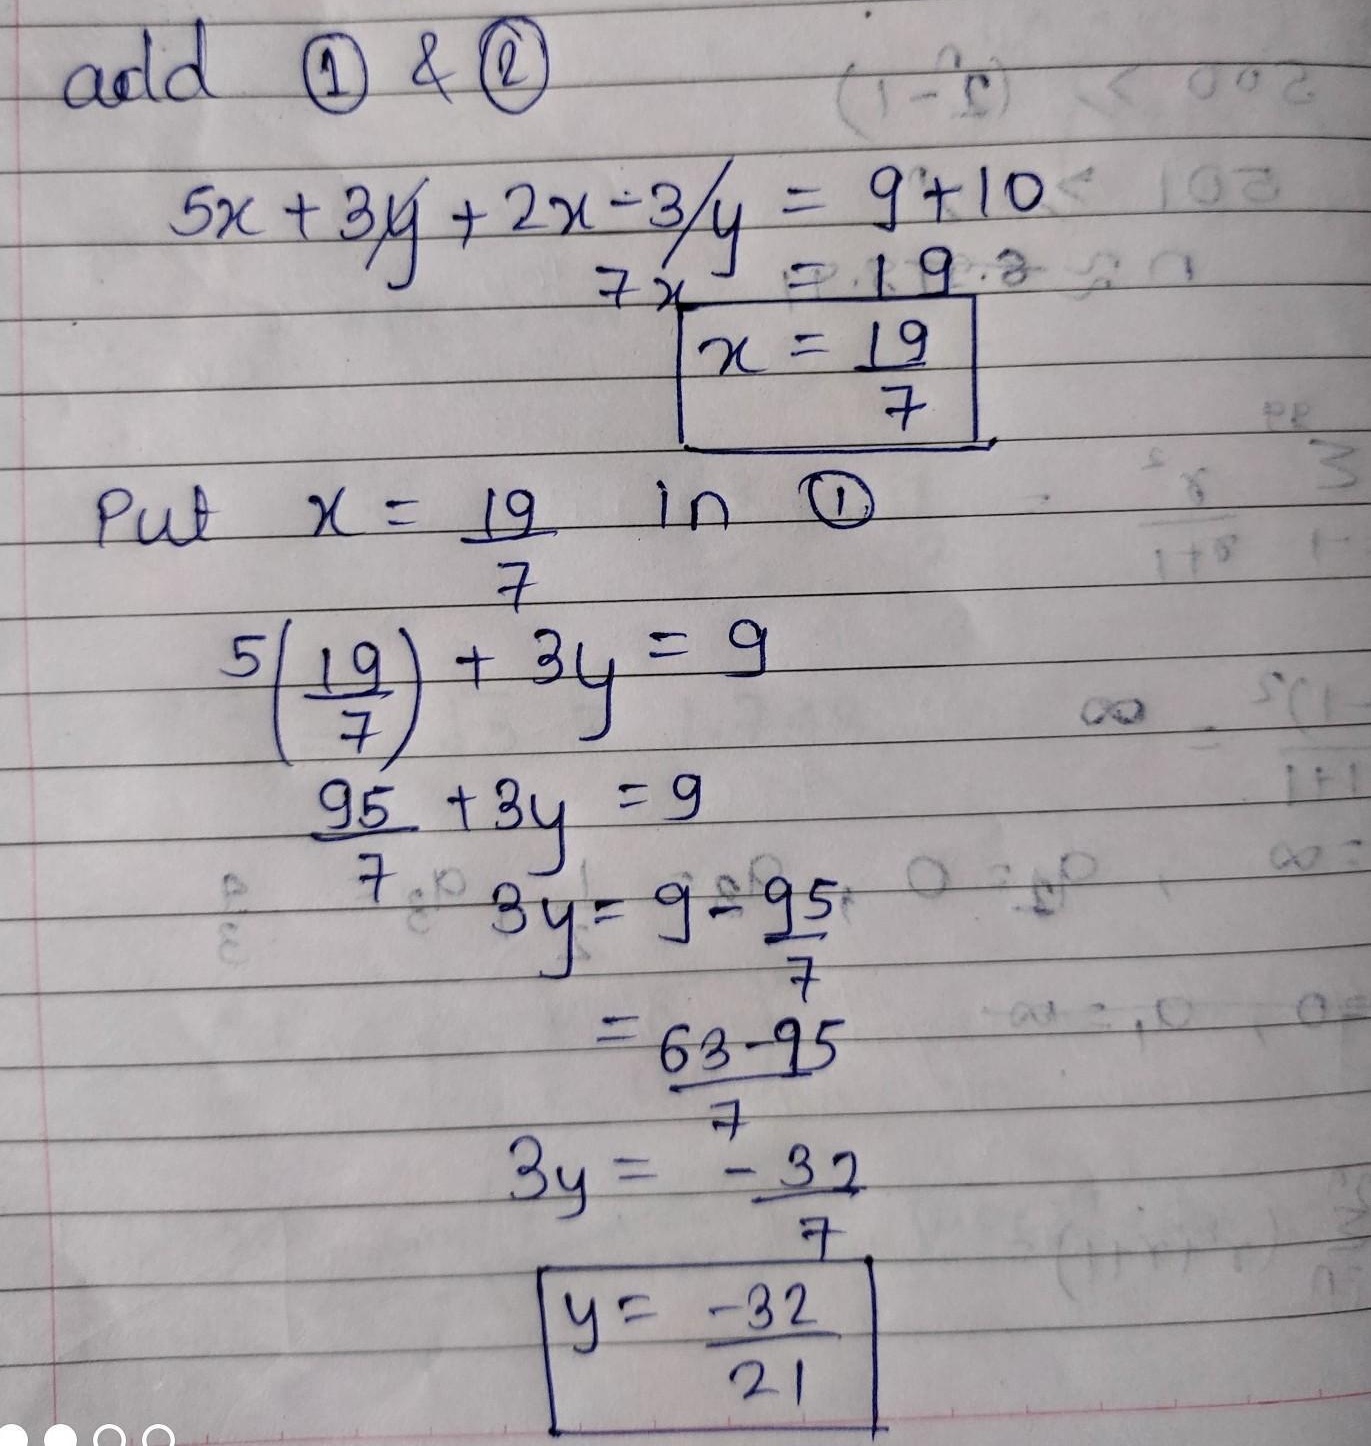
add \textcircled{1} & \textcircled{2}
\[\begin{align*}
5x + 3y+2x - 3y&=9 + 10\\
7x&=19\\
x&=\frac{19}{7}
\end{align*}\]
Put \(x = \frac{19}{7}\) in \textcircled{1}
\[\begin{align*}
5\left(\frac{19}{7}\right)+3y&=9\\
\frac{95}{7}+3y&=9\\
3y&=9-\frac{95}{7}\\
&=\frac{63 - 95}{7}\\
3y&=\frac{- 32}{7}\\
y&=\frac{-32}{21}
\end{align*}\]